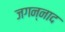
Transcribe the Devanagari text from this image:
जगन्नाद